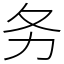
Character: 务